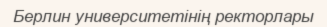
Берлин университетінің ректорлары